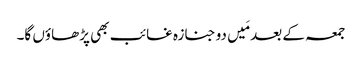
جمعہ کے بعد مَیں دو جنازہ غائب بھی پڑھاؤں گا۔